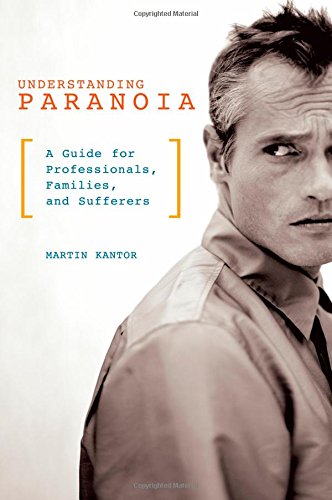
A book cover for Understanding Paranoia: A Guide for Professionals, Families, and Sufferers; Martin Kantor MD; Medical Books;